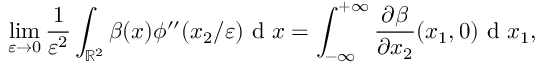
\operatorname* { l i m } _ { \varepsilon \to 0 } \frac { 1 } { \varepsilon ^ { 2 } } \int _ { \mathbb { R } ^ { 2 } } \beta ( x ) \phi ^ { \prime \prime } ( x _ { 2 } / \varepsilon ) \textrm { d } x = \int _ { - \infty } ^ { + \infty } \frac { \partial \beta } { \partial x _ { 2 } } ( x _ { 1 } , 0 ) \textrm { d } x _ { 1 } ,